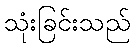
သုံးခြင်းသည်